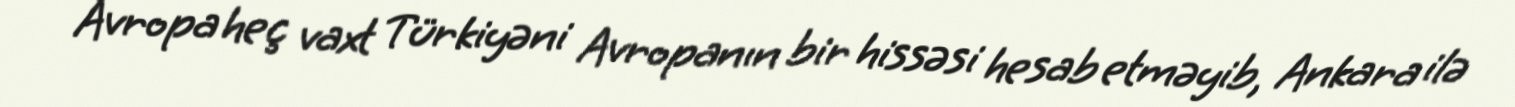
Avropa heç vaxt Türkiyəni Avropanın bir hissəsi hesab etməyib, Ankara ilə